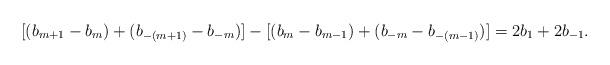
LaTeX: \begin{align*}[(b_{m+1}-b_m)+(b_{-(m+1)}-b_{-m})]-[(b_m-b_{m-1})+(b_{-m}-b_{-(m-1)})]=2b_1+2b_{-1}.\end{align*}